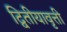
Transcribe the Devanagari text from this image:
द्वितीयावृत्ती